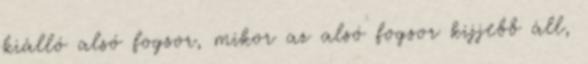
kiálló alsó fogsor, mikor az alsó fogsor kijjebb áll,